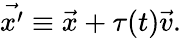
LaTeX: \vec{x^{\prime}}\equiv\vec{x}+\tau(t)\vec{v}.